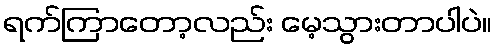
ရက်ကြာတော့လည်း မေ့သွားတာပါပဲ။